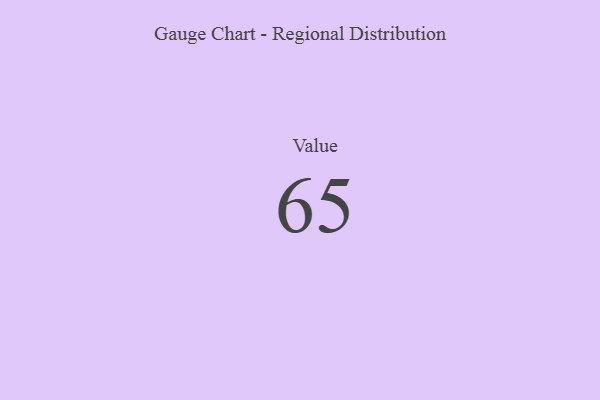
{"axis": {"x": "Metric", "y": "Value"}, "legend": [""], "data": [{"x": "Value", "y": 65, "type": ""}]}